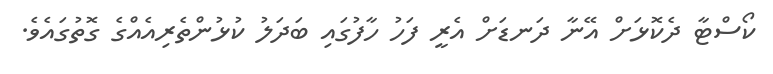
ކޯސްޓާ ދެކޮޅަށް އޭނާ ދަނޑަށް އެރީ ފަހު ހާފުގައި ބަދަލު ކުޅުންތެރިއެއްގެ ގޮތުގައެވެ.